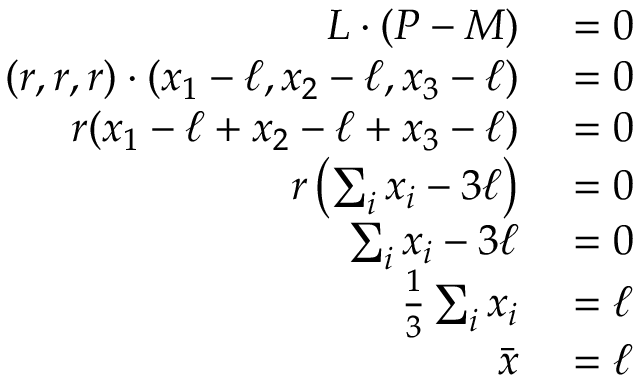
\begin{array} { r l } { L \cdot ( P - M ) } & { { } = 0 } \\ { ( r , r , r ) \cdot ( x _ { 1 } - \ell , x _ { 2 } - \ell , x _ { 3 } - \ell ) } & { { } = 0 } \\ { r ( x _ { 1 } - \ell + x _ { 2 } - \ell + x _ { 3 } - \ell ) } & { { } = 0 } \\ { r \left( \sum _ { i } x _ { i } - 3 \ell \right) } & { { } = 0 } \\ { \sum _ { i } x _ { i } - 3 \ell } & { { } = 0 } \\ { { \frac { 1 } { 3 } } \sum _ { i } x _ { i } } & { { } = \ell } \\ { { \bar { x } } } & { { } = \ell } \end{array}